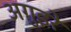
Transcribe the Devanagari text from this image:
अगुइरे